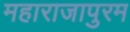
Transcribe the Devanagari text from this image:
महाराजापुरम